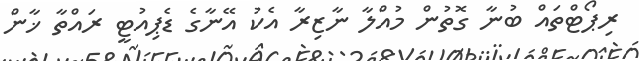
ރިޕޯޓްތައް ބުނާ ގޮތުން މުއްލާ ނާޒިރާ އެކު އޭނާގެ ޑެޕިއުޓީ ރައްތާ ޚާން